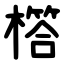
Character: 㯚